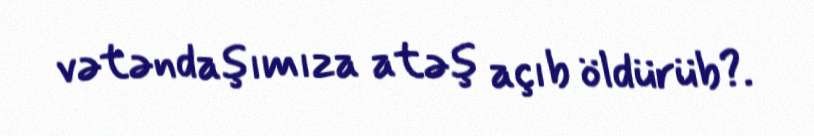
vətəndaşımıza atəş açıb öldürüb?.